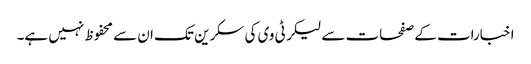
اخبارات کے صفحات سے لیکر ٹی وی کی سکرین تک ان سے محفوظ نہیں ہے۔